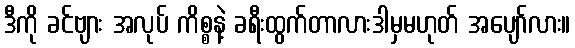
ဒီကို ခင်ဗျား အလုပ် ကိစ္စနဲ့ ခရီးထွက်တာလားဒါမှမဟုတ် အပျော်လား။